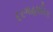
દરગાહશરિફ